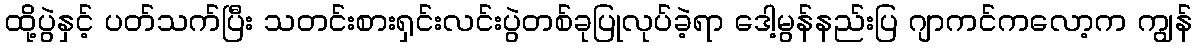
ထို့ပွဲနှင့် ပတ်သက်ပြီး သတင်းစားရှင်းလင်းပွဲတစ်ခုပြုလုပ်ခဲ့ရာ ဒေါ့မွန်နည်းပြ ဂျာကင်ကလော့က ကျွန်